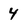
Character: 4